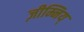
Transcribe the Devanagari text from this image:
ज़ीम्निय्